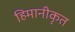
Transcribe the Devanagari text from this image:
हिमानीकृत